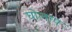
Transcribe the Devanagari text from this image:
घोलाप